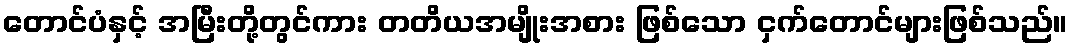
တောင်ပံနှင့် အမြီးတို့တွင်ကား တတိယအမျိုးအစား ဖြစ်သော ငှက်တောင်များဖြစ်သည်။